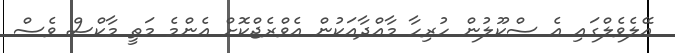
އޭލެވެލްގައި އެ ސްކޫލުން ހުރިހާ މާއްދާއަކުން އެވްރެޖްކޮށް އެންމެ މަތީ މާކްސް ވެސް